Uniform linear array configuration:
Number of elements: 64
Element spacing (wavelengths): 0.75
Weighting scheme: cosine
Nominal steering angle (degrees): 30
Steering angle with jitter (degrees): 28.425
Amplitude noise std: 0.05
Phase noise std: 0.05

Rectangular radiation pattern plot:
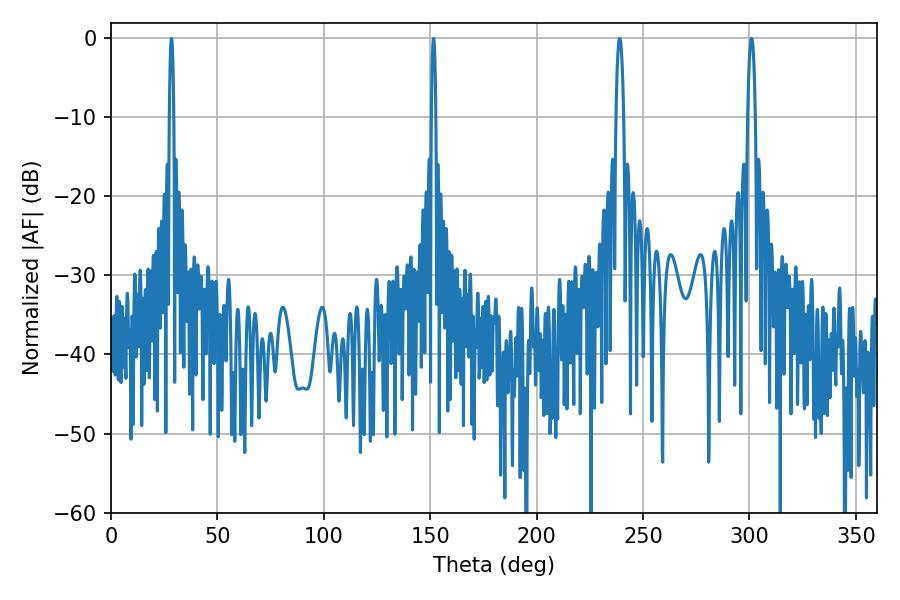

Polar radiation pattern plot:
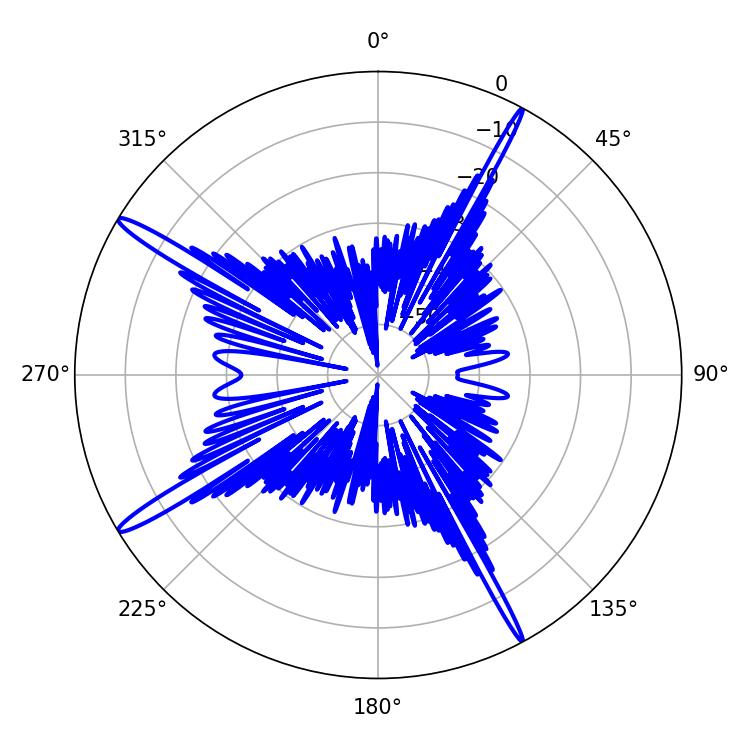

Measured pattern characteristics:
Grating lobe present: TRUE
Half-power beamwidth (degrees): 1.08
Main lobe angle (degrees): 151.56